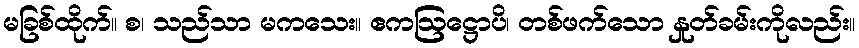
မခြစ်ထိုက်။ စ၊ သည်သာ မကသေး။ ဧကဩဋ္ဌောပိ၊ တစ်ဖက်သော နှုတ်ခမ်းကိုလည်း။